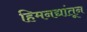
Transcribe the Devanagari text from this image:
हिमनद्यांतून